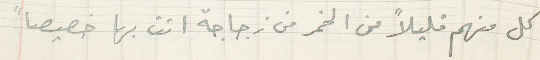
كل منهم قليلاً من الخمر من زجاجة اتت بها خصيصاً